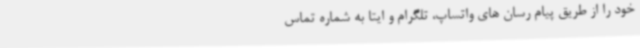
خود را از طریق پیام رسان های واتساپ، تلگرام و ایتا به شماره تماس